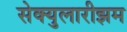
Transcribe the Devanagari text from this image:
सेक्युलारीझम